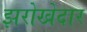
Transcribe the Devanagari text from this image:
झरोखेदार